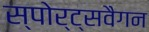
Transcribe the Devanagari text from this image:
स्पोर्ट्सवैगन